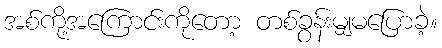
အစ်ကို့အကြောင်းကိုတော့ တစ်ခွန်းမျှမပြောခဲ့။